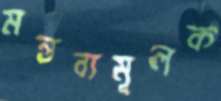
মন্তব্যমূলক